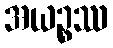
အယဉ္စဿ